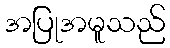
အပြုအမူသည်